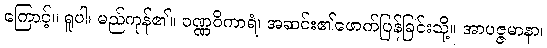
ကြောင့်။ ရူပါ၊ မည်ကုန်၏။ ဝဏ္ဏဝိကာရံ၊ အဆင်း၏ဖောက်ပြန်ခြင်းသို့။ အာပဇ္ဇမာနာ၊